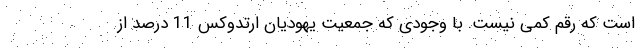
است که رقم کمی نیست. با وجودی که جمعیت یهودیان ارتدوکس 11 درصد از